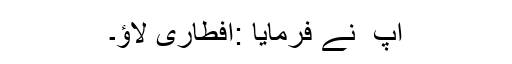
آپ ؐ نے فرمایا :افطاری لاؤ۔